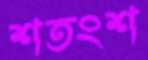
শতংশ